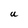
Character: U